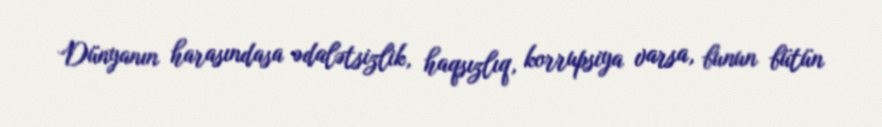
Dünyanın harasındasa ədalətsizlik, haqsızlıq, korrupsiya varsa, bunun bütün